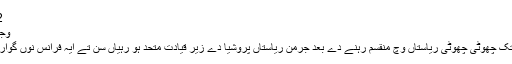
2 نتیجے
وجہاںلکھو
صدیاں تک چھوٹی چھوٹی ریاستاں وچ منقسم رہنے دے بعد جرمن ریاستاں پروشیا دے زیر قیادت متحد ہو رہیاں سن تے ایہ فرانس نوں گوارا نہ سی۔